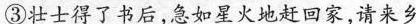
③壮士得了书后，急如星火地赶回家，请来乡